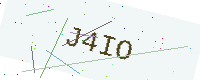
Text: J4IO